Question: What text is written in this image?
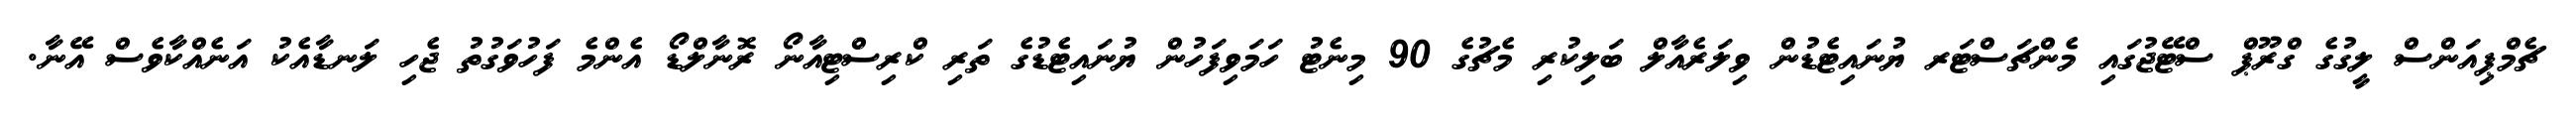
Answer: ޗެމްޕިއަންސް ލީގުގެ ގްރޫޕް ސްޓޭޖުގައި މެންޗަސްޓަރ ޔުނައިޓެޑުން ވިލަރެއާލް ބަލިކުރި މެޗުގެ 90 މިނެޓު ހަމަވިފަހުން ޔުނައިޓެޑުގެ ތަރި ކްރިސްޓިއާނޯ ރޮނާލްޑޯ އެންމެ ފަހުވަގުތު ޖެހި ލަނޑާއެކު އަނެއްކާވެސް އޭނާ.